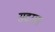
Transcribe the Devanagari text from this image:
सदराम